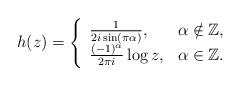
LaTeX: \begin{align*}h(z) = \left\{ \begin{array}{ll}\frac{1}{2i \sin(\pi \alpha)}, & \alpha \notin \mathbb{Z}, \\\frac{(-1)^{\alpha}}{2\pi i} \log z, & \alpha \in \mathbb{Z}. \\\end{array} \right.\end{align*}